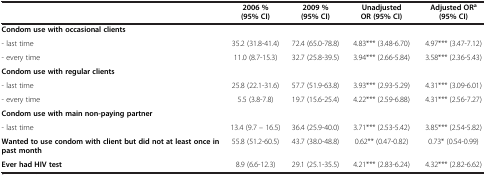
|  | 2006 % (95% CI) | 2009 % (95% CI) | Unadjusted OR (95% CI) | Adjusted ORa (95% CI) |
 | --- | --- | --- | --- | --- |
 | Condom use with occasional clients |  |  |  |  |
 | - last time | 35.2 (31.8-41.4) | 72.4 (65.0-78.8) | 4.83*** (3.48-6.70) | 4.97*** (3.47-7.12) |
 | - every time | 11.0 (8.7-15.3) | 32.7 (25.8-39.5) | 3.94*** (2.66-5.84) | 3.58*** (2.36-5.43) |
 | Condom use with regular clients |  |  |  |  |
 | - last time | 25.8 (22.1-31.6) | 57.7 (51.9-63.8) | 3.93*** (2.93-5.29) | 4.31*** (3.09-6.01) |
 | - every time | 5.5 (3.8-7.8) | 19.7 (15.6-25.4) | 4.22*** (2.59-6.88) | 4.31*** (2.56-7.27) |
 | Condom use with main non-paying partner |  |  |  |  |
 | - last time | 13.4 (9.7 – 16.5) | 36.4 (25.9-40.0) | 3.71*** (2.53-5.42) | 3.85*** (2.54-5.82) |
 | Wanted to use condom with client but did not at least once in past month | 55.8 (51.2-60.5) | 43.7 (38.0-48.8) | 0.62** (0.47-0.82) | 0.73* (0.54-0.99) |
 | Ever had HIV test | 8.9 (6.6-12.3) | 29.1 (25.1-35.5) | 4.21*** (2.83-6.24) | 4.32*** (2.82-6.62) |